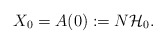
\begin{align*}X_0=A(0):= N\mathcal H_0.\end{align*}